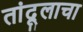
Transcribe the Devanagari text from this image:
तांदूलाचा